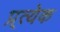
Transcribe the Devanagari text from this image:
प्र्त्येक